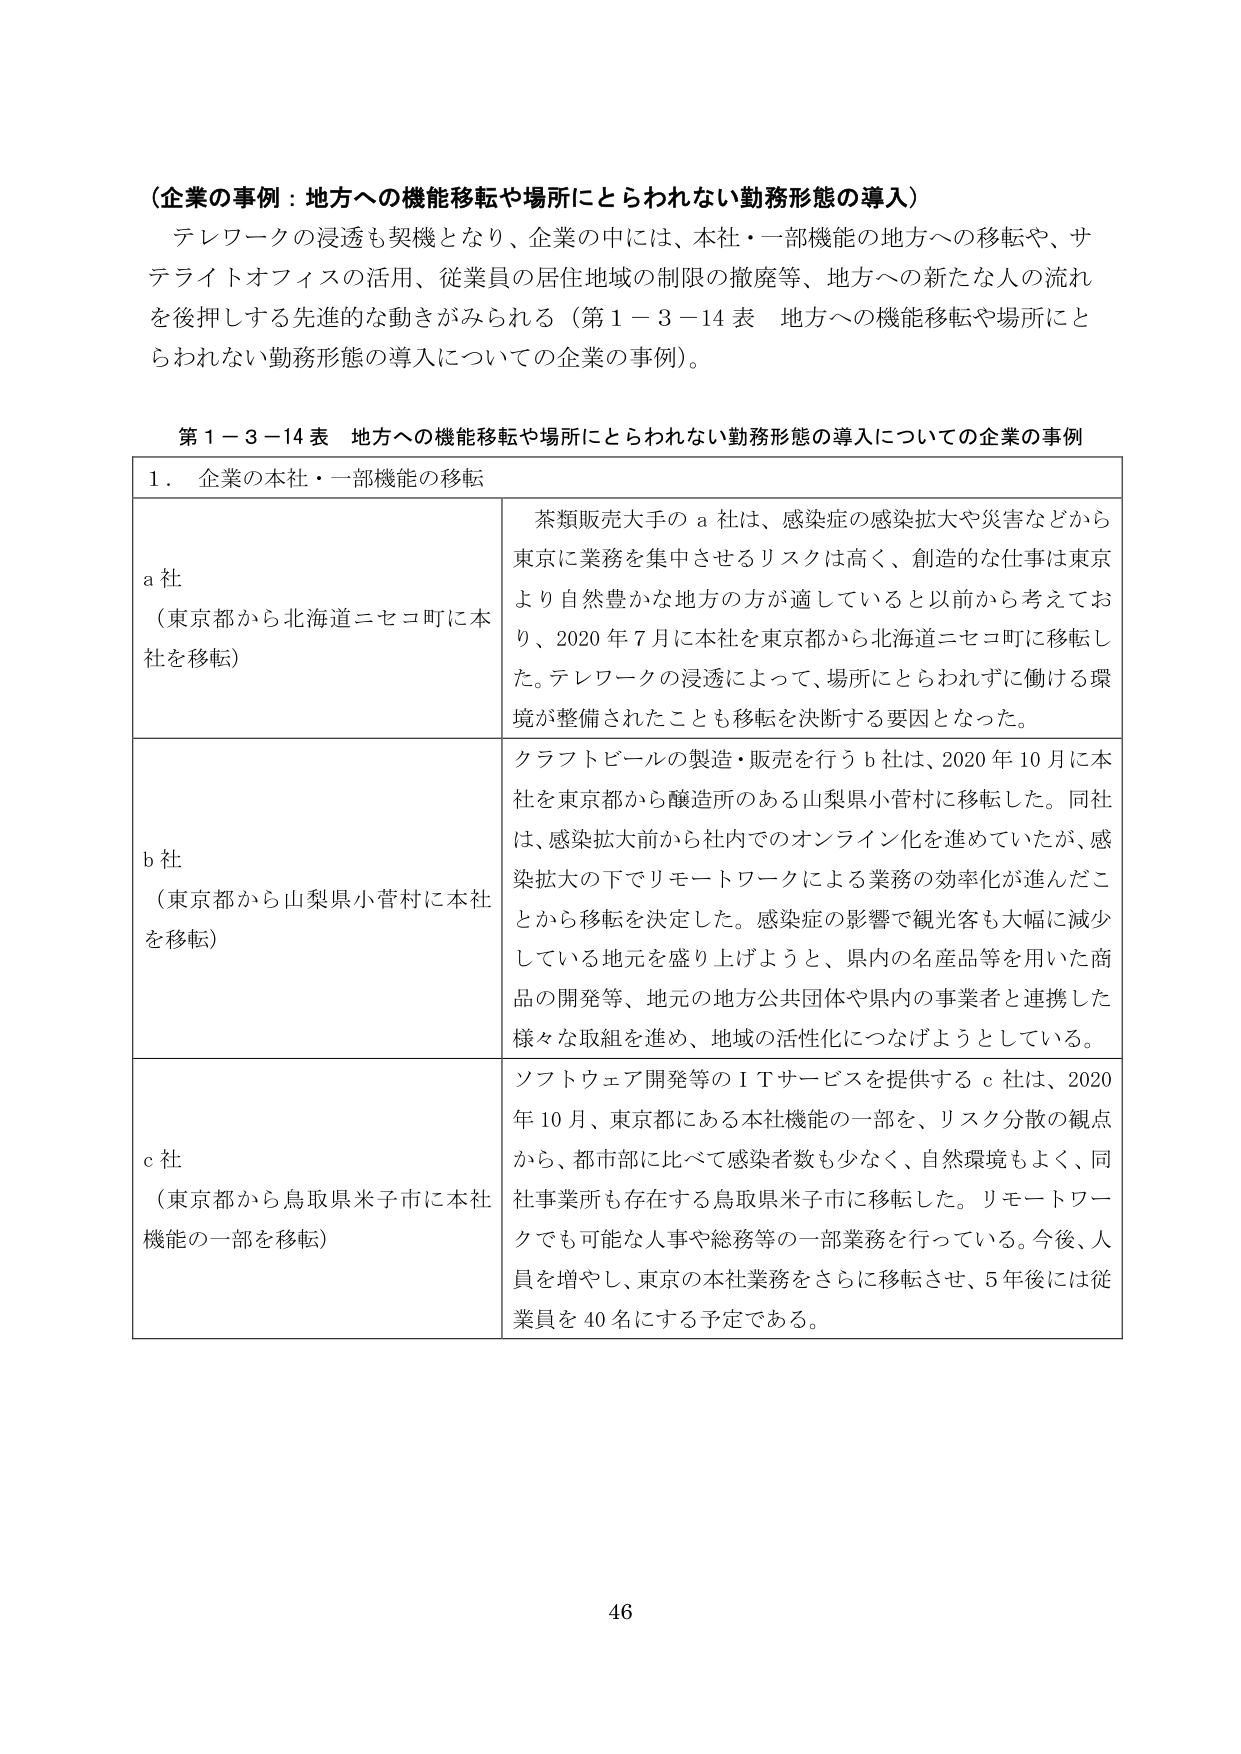
（企業の事例：地方への機能移転や場所にとらわれない勤務形態の導入）

テレワークの浸透も契機となり、企業の中には、本社・一部機能の地方への移転や、サテライトオフィスの活用、従業員の居住地域の制限の撤廃等、地方への新たな人の流れを後押しする先進的な動きがみられる（第1－3－14表 地方への機能移転や場所にとらわれない勤務形態の導入についての企業の事例）。

第1－3－14表 地方への機能移転や場所にとらわれない勤務形態の導入についての企業の事例

1．企業の本社・一部機能の移転

a社
（東京都から北海道ニセコ町に本社を移転）
茶類販売大手のa社は、感染症の感染拡大や災害などから東京に業務を集中させるリスクは高く、創造的な仕事は東京より自然豊かな地方の方が適していると以前から考えており、2020年7月に本社を東京都から北海道ニセコ町に移転した。テレワークの浸透によって、場所にとらわれずに働ける環境が整備されたことも移転を決断する要因となった。

b社
（東京都から山梨県小菅村に本社を移転）
クラフトビールの製造・販売を行うb社は、2020年10月に本社を東京都から醸造所のある山梨県小菅村に移転した。同社は、感染拡大前から社内でのオンライン化を進めていたが、感染拡大の下でリモートワークによる業務の効率化が進んだことから移転を決定した。感染症の影響で観光客も大幅に減少している地元を盛り上げようと、県内の名産品等を用いた商品の開発等、地元の地方公共団体や県内の事業者と連携した様々な取組を進め、地域の活性化につなげようとしている。

c社
（東京都から鳥取県米子市に本社機能の一部を移転）
ソフトウェア開発等のITサービスを提供するc社は、2020年10月、東京都にある本社機能の一部を、リスク分散の観点から、都市部に比べて感染者数も少なく、自然環境もよく、同社事業所も存在する鳥取県米子市に移転した。リモートワークでも可能な人事や総務等の一部業務を行っている。今後、人員を増やし、東京の本社業務をさらに移転させ、5年後には従業員を40名にする予定である。

46